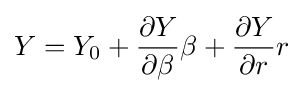
Y=Y_{0}+{\frac {\partial Y}{\partial \beta }}\beta +{\frac {\partial Y}{\partial r}}r